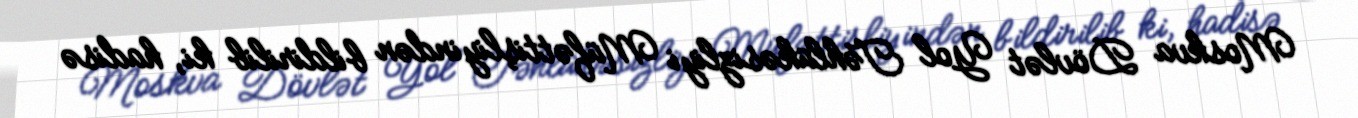
Moskva Dövlət Yol Təhlükəsizliyi Müfəttişliyindən bildirilib ki, hadisə